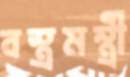
বস্ত্রমন্ত্রী